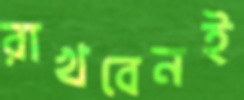
রাখবেনই